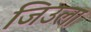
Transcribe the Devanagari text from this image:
जिउला